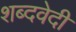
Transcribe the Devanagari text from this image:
शब्दवेदी